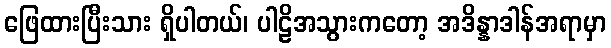
ဖြေထားပြီးသား ရှိပါတယ်၊ ပါဠိအသွားကတော့ အဒိန္နာဒါန်အရာမှာ